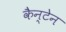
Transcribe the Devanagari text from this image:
कैन्टेन